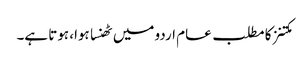
مکتنز کا مطلب عام اردو میں ٹھنسا ہوا، ہوتا ہے۔